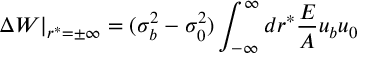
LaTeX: \Delta W | _ { r ^ { * } = \pm \infty } = ( \sigma _ { b } ^ { 2 } - \sigma _ { 0 } ^ { 2 } ) \int _ { - \infty } ^ { \infty } d r ^ { * } \frac { { \cal E } } { { \cal A } } u _ { b } u _ { 0 }